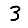
Digit: 3